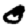
Digit: 0